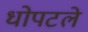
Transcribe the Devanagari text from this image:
धोपटले